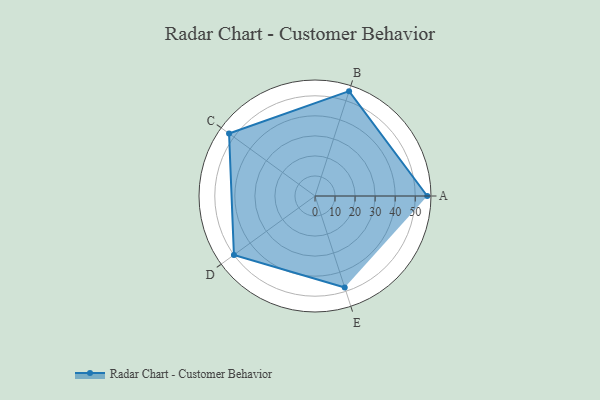
{"axis": {"x": "Skill", "y": "Score"}, "legend": ["Profile"], "data": [{"x": "A", "y": 56.0, "type": "Profile"}, {"x": "B", "y": 55.0, "type": "Profile"}, {"x": "C", "y": 53.0, "type": "Profile"}, {"x": "D", "y": 50.0, "type": "Profile"}, {"x": "E", "y": 48.0, "type": "Profile"}]}